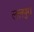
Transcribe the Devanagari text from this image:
ललपुरा